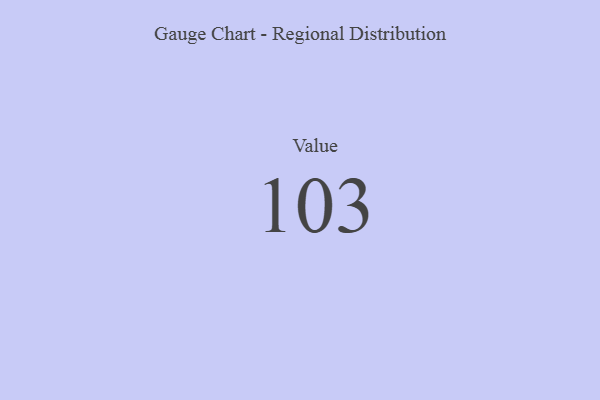
{"axis": {"x": "Metric", "y": "Value"}, "legend": [""], "data": [{"x": "Value", "y": 103, "type": ""}]}